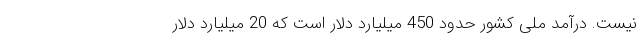
نیست. درآمد ملی کشور حدود 450 میلیارد دلار است که 20 میلیارد دلار